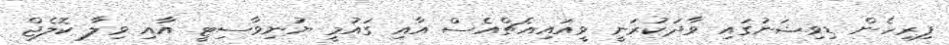
ފިރިހެން ޑިވިޝަނުގައި ވާދަކުރަނީ ވީއައިއެޗްއެސް އާއި ގައުމީ ޔުނިވާސިޓީ އާއި ވިލާ ކޮލެޖް